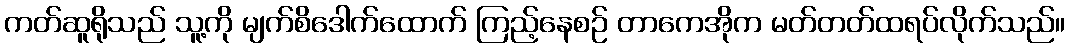
ကတ်ဆူရိုသည် သူ့ကို မျက်စိဒေါက်ထောက် ကြည့်နေစဉ် တာကေအိုက မတ်တတ်ထရပ်လိုက်သည်။